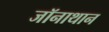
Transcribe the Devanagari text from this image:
जॉनाथान